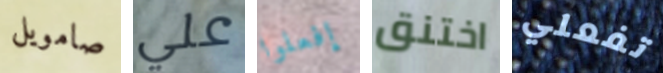
صامويل علي إفعلوا اختنق تفعلي